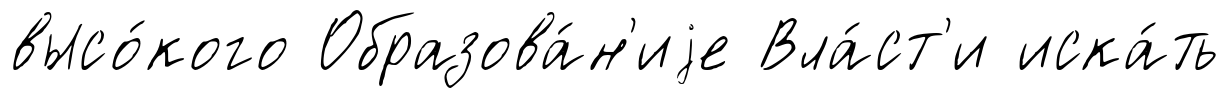
высо́кого Образова́н'иjе Вла́ст'и иска́ть